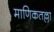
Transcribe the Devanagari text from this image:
माणिकतल्ला